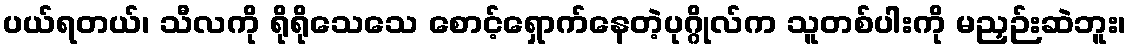
ပယ်ရတယ်၊ သီလကို ရိုရိုသေသေ စောင့်ရှောက်နေတဲ့ပုဂ္ဂိုလ်က သူတစ်ပါးကို မညှဉ်းဆဲဘူး၊